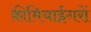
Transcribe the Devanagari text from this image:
क़ीमियाईगरों